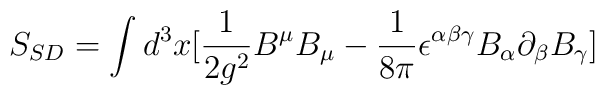
S_{SD}=\int d^{3}x[\frac{1}{2g^2}B^\mu B_\mu-\frac{1}{8\pi}\epsilon ^{\alpha\beta\gamma}B_\alpha\partial _\beta B_\gamma ]